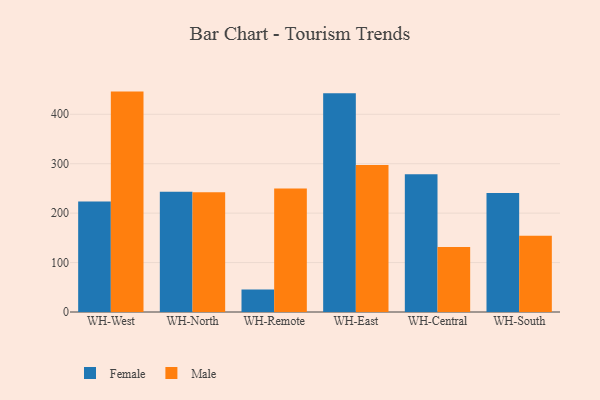
{"axis": {"x": "Warehouse", "y": "Churn Rate (%)"}, "legend": ["Female", "Male"], "data": [{"x": "WH-West", "y": 223.7, "type": "Female"}, {"x": "WH-West", "y": 445.9, "type": "Male"}, {"x": "WH-North", "y": 243.2, "type": "Female"}, {"x": "WH-North", "y": 242.1, "type": "Male"}, {"x": "WH-Remote", "y": 45.4, "type": "Female"}, {"x": "WH-Remote", "y": 250.1, "type": "Male"}, {"x": "WH-East", "y": 442.8, "type": "Female"}, {"x": "WH-East", "y": 297.6, "type": "Male"}, {"x": "WH-Central", "y": 278.9, "type": "Female"}, {"x": "WH-Central", "y": 131.5, "type": "Male"}, {"x": "WH-South", "y": 240.7, "type": "Female"}, {"x": "WH-South", "y": 154.3, "type": "Male"}]}